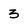
Character: 3